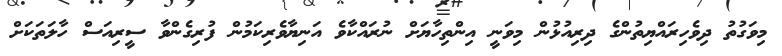
މިވަގުތު ދިވެހިރައްޔިތުންގެ ދިރިއުޅުން މިވަނީ އިންތިހާޔަށް ނުރައްކާވެ އަނިޔާވެރިކަމުން ފުރިގެންވާ ސީރިއަސް ހާލަތަކަށް